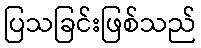
ပြသခြင်းဖြစ်သည်